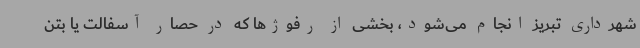
شهرداری تبریز انجام می‌شود، بخشی از رفوژها که در حصار آسفالت یا بتن